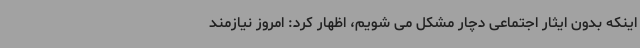
اینکه بدون ایثار اجتماعی دچار مشکل می شویم، اظهار کرد: امروز نیازمند